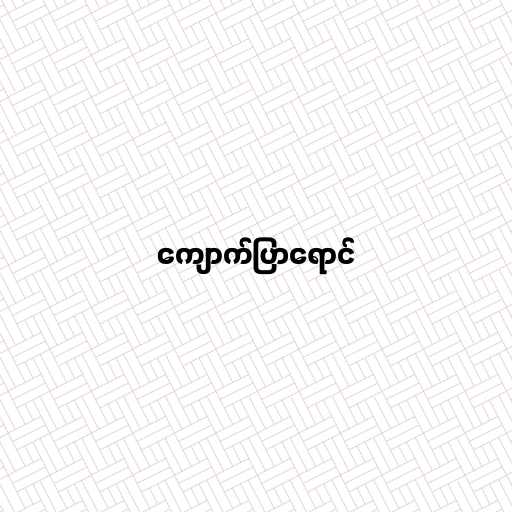
ကျောက်ပြာရောင်